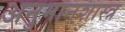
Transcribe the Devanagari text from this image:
अनुमानशास्त्र